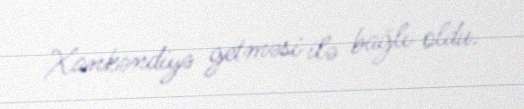
Xankəndiyə getməsi ilə bağlı oldu.